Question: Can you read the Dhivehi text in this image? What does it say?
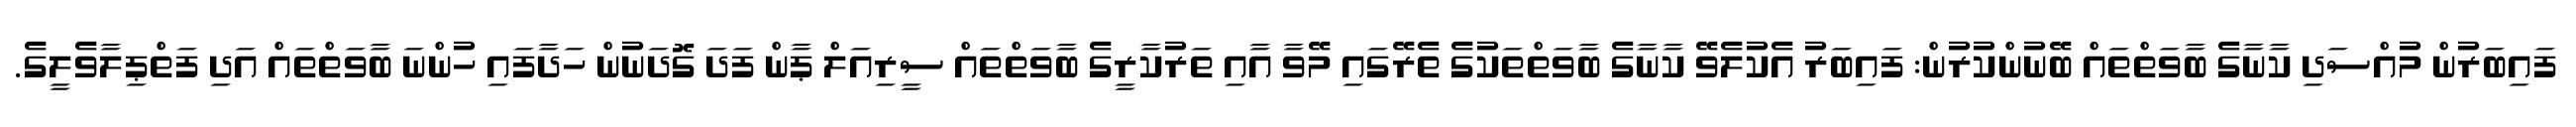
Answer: ފައިބަރުން މުއްސަދި ކާނާގެ ބާވަތްތައް ބޭނުންކުރުން: ފައިބަރު އެކުލެވޭ ކާނާގެ ބާވަތްތަކުގެ ތެރޭގައި މޭވާ އާއި ތަރުކާރީގެ ބާވަތްތައް ސީރިއަލް ޕާން ފަދަ ގޮދަނުން ހަދާފައި ހުންނަ ބާވަތްތައް އަދި ފަތްޕިލާވެލީގެ.